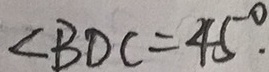
\angle B D C = 4 5 ^ { \circ } .